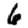
Digit: 6